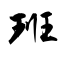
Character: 班